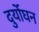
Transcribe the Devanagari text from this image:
दुर्योघन